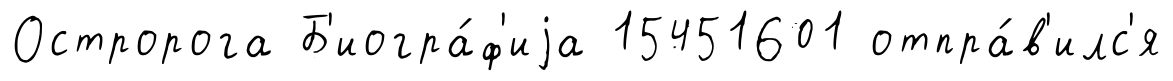
Остророга Б'иогра́ф'иjа 15451601 отпра́в'илс'я